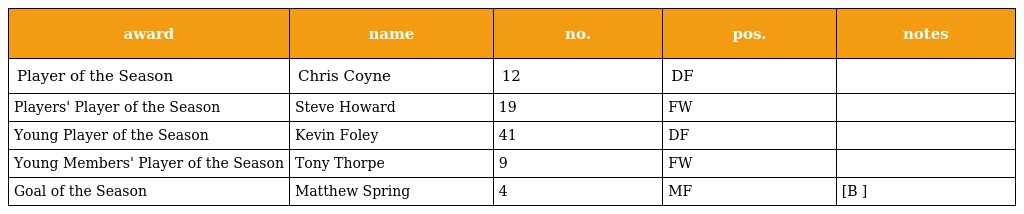
| award | name | no. | pos. | notes |
 | --- | --- | --- | --- | --- |
 | Player of the Season | Chris Coyne | 12 | DF |  |
 | Players' Player of the Season | Steve Howard | 19 | FW |  |
 | Young Player of the Season | Kevin Foley | 41 | DF |  |
 | Young Members' Player of the Season | Tony Thorpe | 9 | FW |  |
 | Goal of the Season | Matthew Spring | 4 | MF | [B ] |